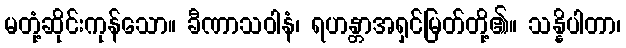
မတုံ့ဆိုင်းကုန်သော။ ခီဏာသဝါနံ၊ ရဟန္တာအရှင်မြတ်တို့၏။ သန္နိပါတာ၊